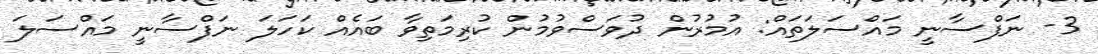
3- ނަފްސާނީ މައްސަލަތައް: އުމުރުން ދުވަސްވުމުން ކުރިމަތިވާ ބައެއް ކަހަލަ ނަފްސާނީ މައްސަލަ